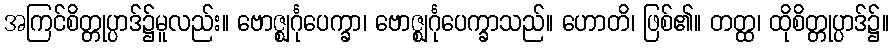
အကြင်စိတ္တုပ္ပာဒ်၌မူလည်း။ ဗောဇ္ဈင်္ဂုပေက္ခာ၊ ဗောဇ္ဈင်္ဂုပေက္ခာသည်။ ဟောတိ၊ ဖြစ်၏။ တတ္ထ၊ ထိုစိတ္တုပ္ပာဒ်၌။